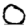
Digit: 0